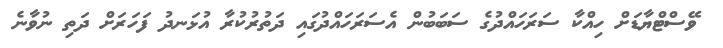
ވޭސްޓްޔާޑަށް ހިއްކާ ސަރަހައްދުގެ ސަބަބުން އެސަރަހައްދުގައި ދަތުރުކުރާ އުޅަނދު ފަހަރަށް ދަތި ނުވާނެ